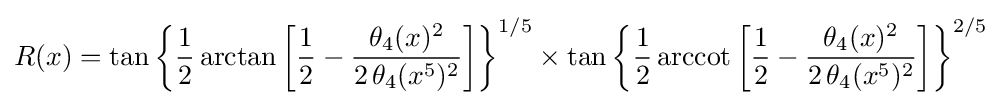
R(x)=\tan {\biggl \{}{\frac {1}{2}}\arctan {\biggl [}{\frac {1}{2}}-{\frac {\theta _{4}(x)^{2}}{2\,\theta _{4}(x^{5})^{2}}}{\biggr ]}{\biggr \}}^{1/5}\times \tan {\biggl \{}{\frac {1}{2}}\operatorname {arccot} {\biggl [}{\frac {1}{2}}-{\frac {\theta _{4}(x)^{2}}{2\,\theta _{4}(x^{5})^{2}}}{\biggr ]}{\biggr \}}^{2/5}